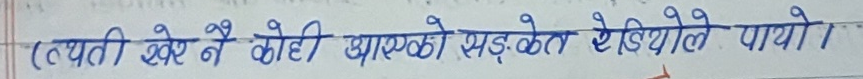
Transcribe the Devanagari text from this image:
(त्यती खेर नै कोही आएको सङ्केत हेडियोले पायो ।